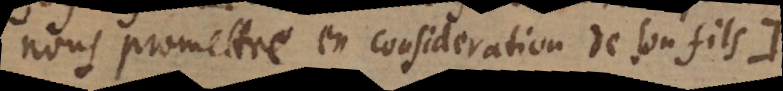
nous promettre en consideration de son fils.:)